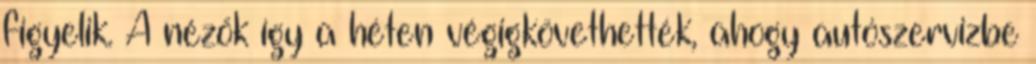
figyelik. A nézők így a héten végigkövethették, ahogy autószervizbe